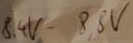
Text: 8,4V-8,8V